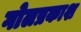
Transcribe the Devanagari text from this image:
गोलप्रकाश